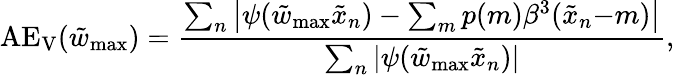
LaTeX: \mathrm{AE_{V}}(\tilde{w}_{\mathrm{max}})=\frac{\sum_{n}\left|\psi(\tilde{w}_{\mathrm{max}}\tilde{x}_{n})-\sum_{m}p(m)\beta^{3}(\tilde{x}_{n}{-}m)\right|}{\sum_{n}|\psi(\tilde{w}_{\mathrm{max}}\tilde{x}_{n})|},